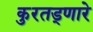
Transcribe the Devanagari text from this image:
कुरतड्णारे